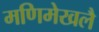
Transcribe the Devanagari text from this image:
मणिमेखलै